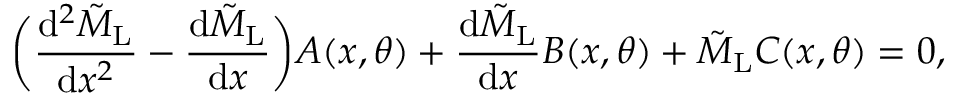
\bigg ( \frac { \mathrm { d } ^ { 2 } \tilde { M } _ { \mathrm { L } } } { \mathrm { d } x ^ { 2 } } - \frac { \mathrm { d } \tilde { M } _ { \mathrm { L } } } { \mathrm { d } x } \bigg ) A ( x , \theta ) + \frac { \mathrm { d } \tilde { M } _ { \mathrm { L } } } { \mathrm { d } x } B ( x , \theta ) + \tilde { M } _ { \mathrm { L } } C ( x , \theta ) = 0 ,